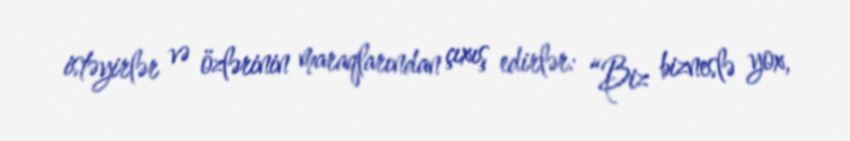
istəyirlər və özlərinin maraqlarından çıxış edirlər: “Biz bizneslə yox,